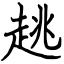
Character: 趒